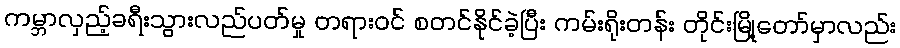
ကမ္ဘာလှည့်ခရီးသွားလည်ပတ်မှု တရားဝင် စတင်နိုင်ခဲ့ပြီး ကမ်းရိုးတန်း တိုင်းမြို့တော်မှာလည်း